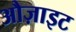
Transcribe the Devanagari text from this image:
औज़ाइट